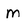
Character: m